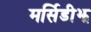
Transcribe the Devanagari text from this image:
मर्सिडीझ